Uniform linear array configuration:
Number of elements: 32
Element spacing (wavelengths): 0.75
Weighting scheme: binomial
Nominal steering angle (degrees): -15
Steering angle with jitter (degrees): -13.27
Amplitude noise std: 0.05
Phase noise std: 0.05

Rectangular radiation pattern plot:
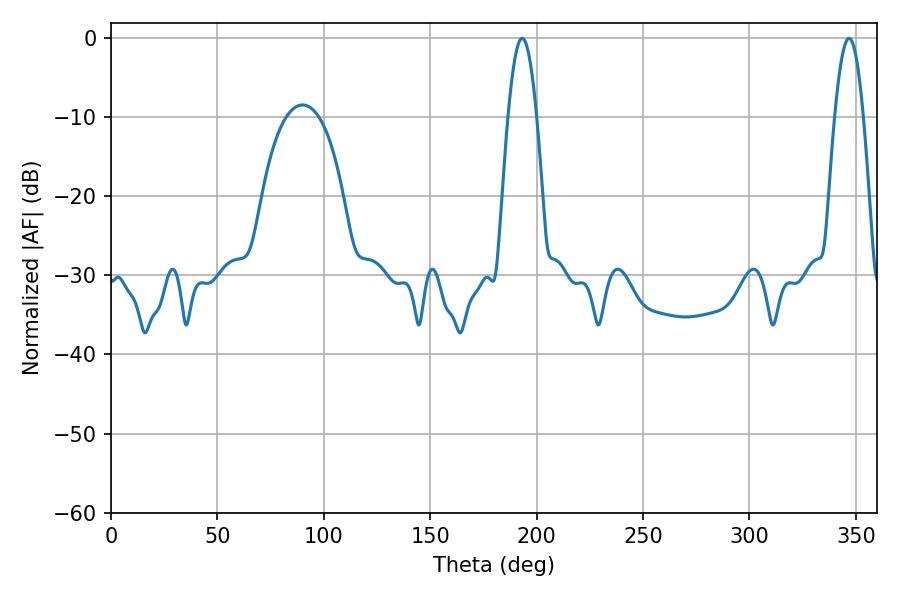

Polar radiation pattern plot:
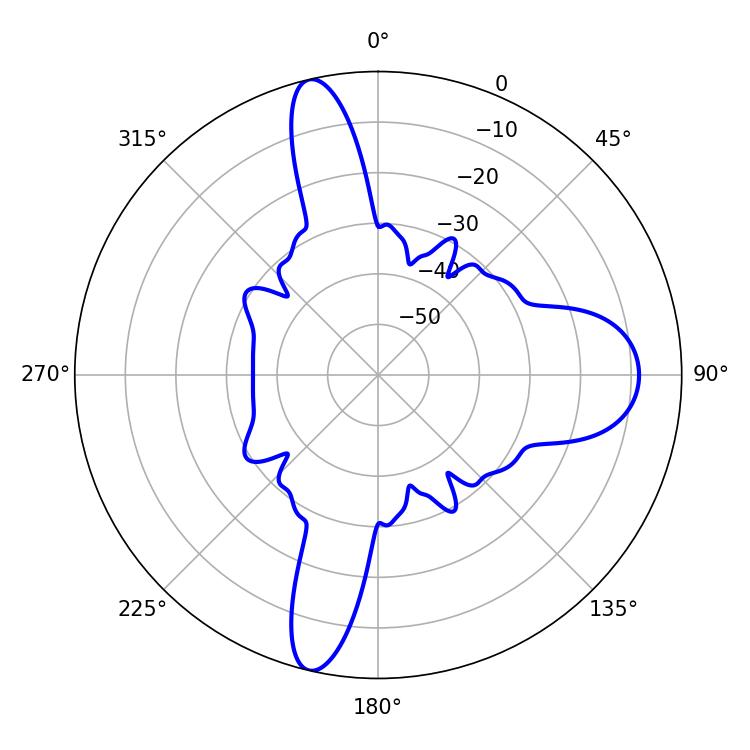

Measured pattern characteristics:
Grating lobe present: TRUE
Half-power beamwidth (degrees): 7.38
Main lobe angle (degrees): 193.14